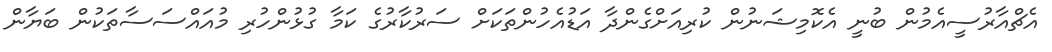
އެޗްއާރުސީއެމުން ބުނީ އެކޮމިޝަނުން ކުރިއަށްގެންދާ އަޑުއެހުންތަކަށް ސަރުކާރުގެ ކަމާ ގުޅުންހުރި މުއައްސަސާތަކުން ބަޔާން